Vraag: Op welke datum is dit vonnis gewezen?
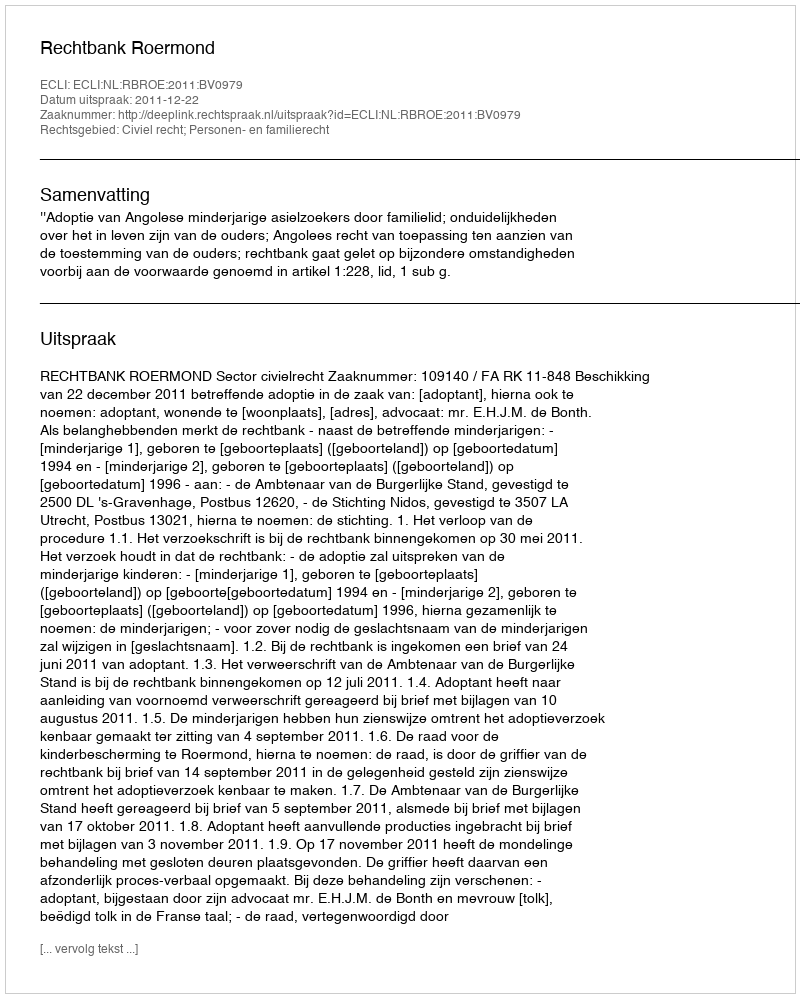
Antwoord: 2011-12-22